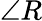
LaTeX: \angle R